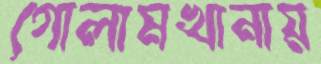
গোলামখানায়